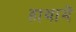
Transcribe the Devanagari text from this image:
हाथामें